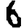
Digit: 6